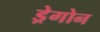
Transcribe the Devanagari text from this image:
ड्रेगोन